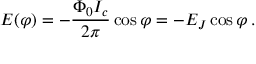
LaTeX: E ( \varphi ) = - { \frac { \Phi _ { 0 } I _ { c } } { 2 \pi } } \cos \varphi = - E _ { J } \cos \varphi \, .